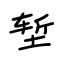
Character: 堑